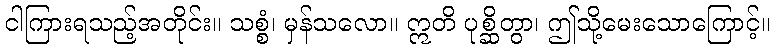
ငါကြားရသည့်အတိုင်း။ သစ္စံ၊ မှန်သလော။ ဣတိ ပုစ္ဆိတွာ၊ ဤသို့မေးသောကြောင့်။